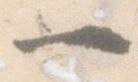
一